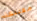
مقتنعة